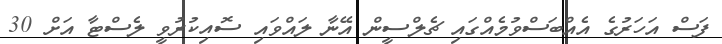
ފަސް އަހަރުގެ އެއްބަސްވުމެއްގައި ޗެލްސީން އޭނާ ލައްވައި ސޮއިކުރުވީ ލެސްޓާ އަށް 30